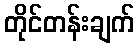
တိုင်တန်းချက်